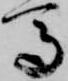
馬